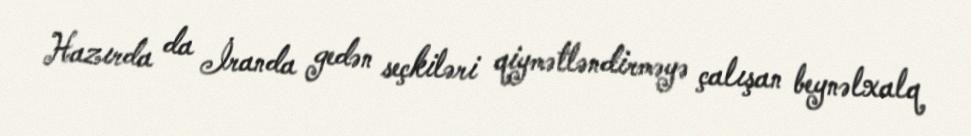
Hazırda da İranda gedən seçkiləri qiymətləndirməyə çalışan beynəlxalq